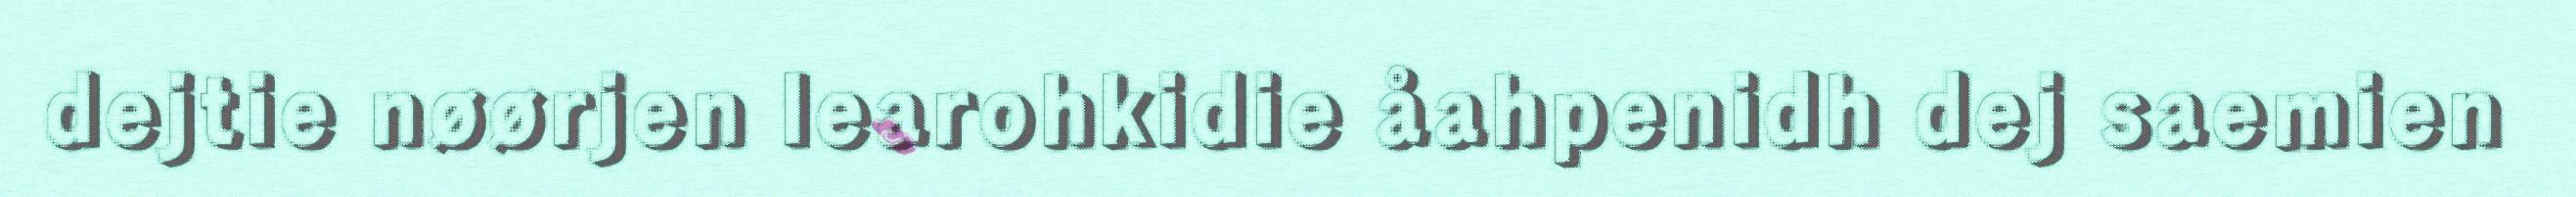
dejtie nøørjen learohkidie åahpenidh dej saemien